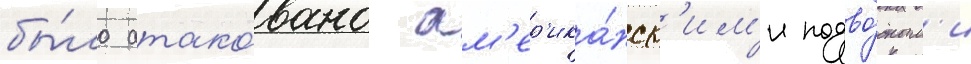
бы́ло атако́вано ам'ер'ика́нск'им'и подво́дным'и